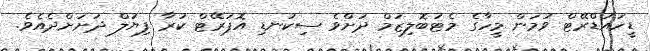
ޑީހައުޑްރޭޓް ވުމަން މީހާގެ މެޓަބޮލިޒަމް ދަށްވެ ސިކުނޑި އޮޕަރޭޓް ކުރާ ފިޔުލް ދަށަށްދެއެެވެ.